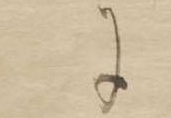
に